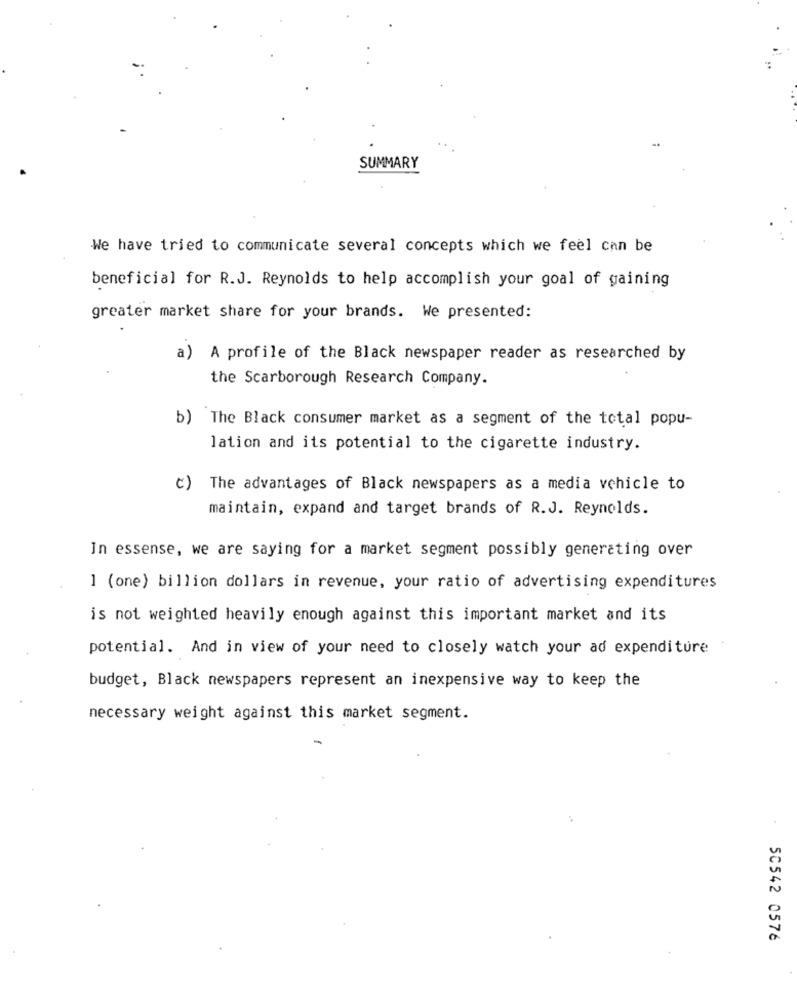
SUMMARY
We have tried to communicate several concepts which we feel can be
beneficial for R.J. Reynolds to help accomplish your goal of gaining
greater market share for your brands. We presented:
a) A profile of the Black newspaper reader as researched by
the Scarborough Research Company.
b) The Black consumer market as a segment of the total popu-
lation and its potential to the cigarette industry.
c) The advantages of Black newspapers as a media vehicle to
maintain, expand and target brands of R.J. Reynolds.
In essense, we are saying for a market segment possibly generating over
1 (one) billion dollars in revenue, your ratio of advertising expenditures
is not weighted heavily enough against this important market and its
potential. And in view of your need to closely watch your ad expenditure
budget, Black newspapers represent an inexpensive way to keep the
necessary weight against this market segment.
50542 0576